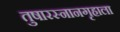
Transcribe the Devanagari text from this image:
तुषारस्नानगृहाला